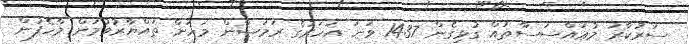
ސަރުކާރު މުޢައްސަސާތައް ގުޅިގެން 1437 ވަނަ އަހަރުގެ ރަމަޟާން މަހަށް ތައްޔާރުވުމަށް މާހެފުން